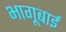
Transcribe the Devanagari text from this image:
भागूबाई